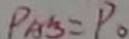
P _ { A B } = P _ { 0 }